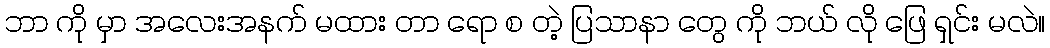
ဘာ ကို မှာ အလေးအနက် မထား တာ ရော စ တဲ့ ပြသာနာ တွေ ကို ဘယ် လို ဖြေ ရှင်း မလဲ။